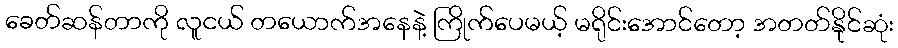
ခေတ်ဆန်တာကို လူငယ် တယောက်အနေနဲ့ ကြိုက်ပေမယ့် မရိုင်းအောင်တော့ အတတ်နိုင်ဆုံး